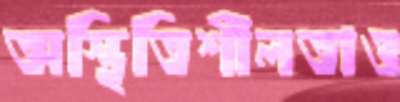
অস্থিতিশীলতাও